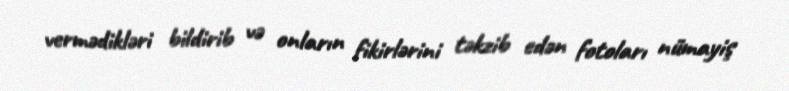
vermədikləri bildirib və onların fikirlərini təkzib edən fotoları nümayiş